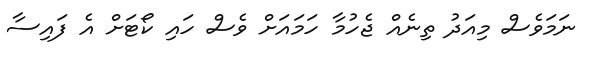
ނަމަވެސް މިއަދު ތިނެއް ޖެހުމާ ހަމައަށް ވެސް ހައި ކޯޓަށް އެ ފައިސާ